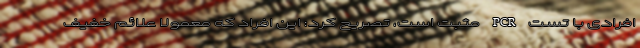
افرادی با تست PCR مثبت است، تصریح کرد: این افراد که معمولا علائم خفیف